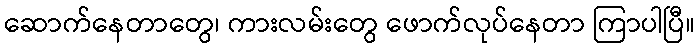
ဆောက်နေတာတွေ၊ ကားလမ်းတွေ ဖောက်လုပ်နေတာ ကြာပါပြီ။